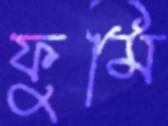
ফুমি